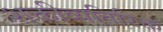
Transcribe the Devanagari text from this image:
शक्तीव्यतिरिक्त